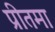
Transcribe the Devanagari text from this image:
प्रीतमा